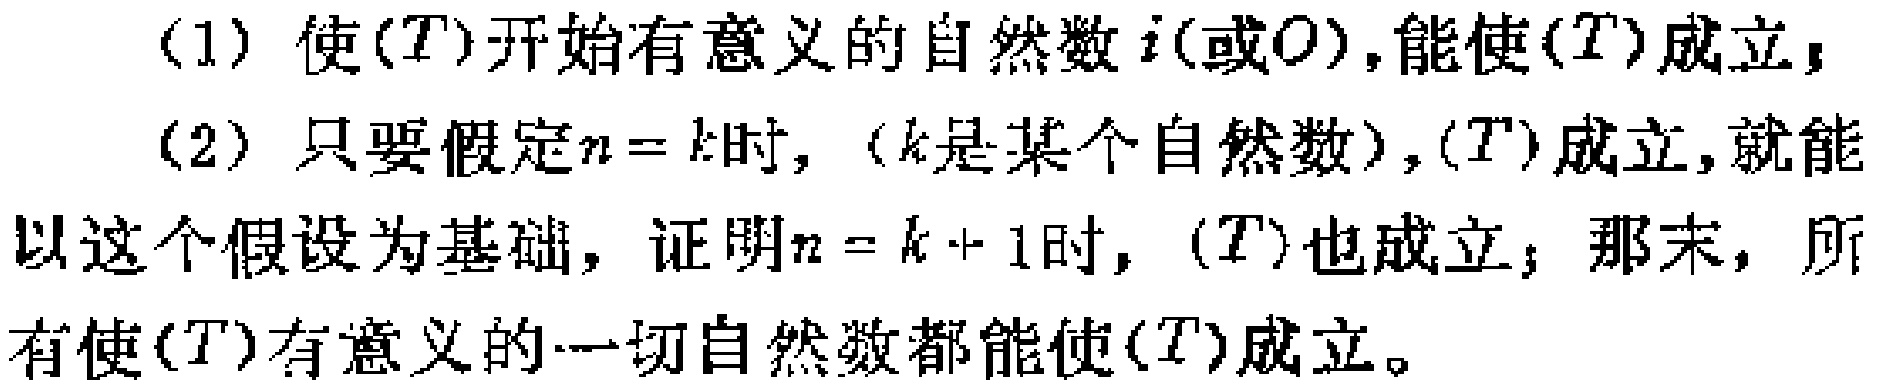
(1) 使\((T)\)开始有意义的自然数\(i\)(或\(0\)),能使\((T)\)成立；

(2) 只要假定\(n = k\)时, (\(k\)是某个自然数),\((T)\)成立,就能以这个假设为基础，证明\(n = k + 1\)时, \((T)\)也成立；那末，所有使\((T)\)有意义的一切自然数都能使\((T)\)成立。